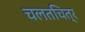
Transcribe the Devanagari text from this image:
चलतचित्र